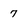
Character: 7